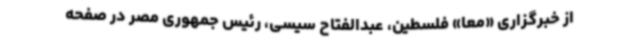
از خبرگزاری «معا» فلسطین، عبدالفتاح سیسی، رئیس جمهوری مصر در صفحه